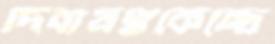
দিবাযত্নকেন্দ্রে